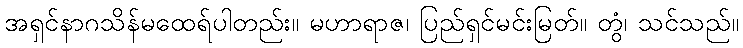
အရှင်နာဂသိန်မထေရ်ပါတည်း။ မဟာရာဇ၊ ပြည်ရှင်မင်းမြတ်။ တွံ၊ သင်သည်။